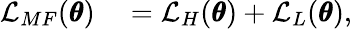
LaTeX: \begin{array}{rl}{\mathcal{L}_{MF}(\pmb{\theta})}&{{}=\mathcal{L}_{H}(\pmb{\theta})+\mathcal{L}_{L}(\pmb{\theta})}\end{array},